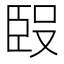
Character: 𰯰